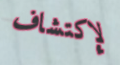
لإكتشاف